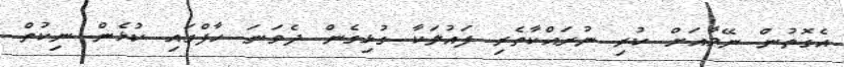
އެގޮތުން ނޭމާއަށް ކުރި ނުރައްކާތެރި ފައުލަކާ ގުޅިގެން ދެވަނަ ހާފްގައި ކުޅެން ނިކުތް